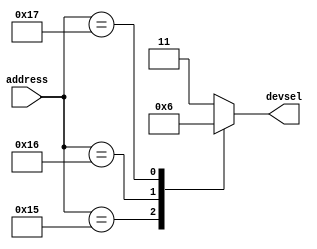
module addressDecoder(address,devsel);

input wire[31:0] address;
output reg [1:0]devsel;

always@(address)
begin
case(address)
21 : devsel <= 0;
22 : devsel <= 1;
23 : devsel <= 2; 
default : devsel <= 3;
endcase
end
endmodule

module addressDecoderTB();
reg [31:0]address;
wire [1:0]devsel;
addressDecoder decoder(address,devsel);
initial 
begin 
$monitor("address=%b,,%b",address,devsel);
address = 21;
#5
address = 26;
#5
address = 24;
#5
address = 22;
#5
address = 26;
#5
address = 23;
#5
address = 26;
end
endmodule